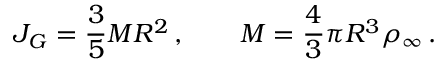
J _ { G } = \frac { 3 } { 5 } M R ^ { 2 } \, , \qquad M = \frac { 4 } { 3 } \pi R ^ { 3 } \rho _ { \infty } \, .